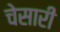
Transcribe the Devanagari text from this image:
चेसारी